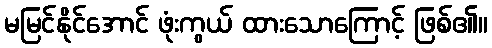
မမြင်နိုင်အောင် ဖုံးကွယ် ထားသောကြောင့် ဖြစ်၏။